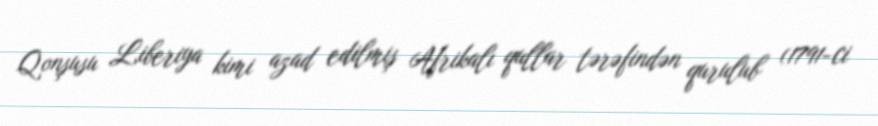
Qonşusu Liberiya kimi azad edilmiş Afrikalı qullar tərəfindən qurulub (1791-ci